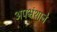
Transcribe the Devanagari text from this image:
अपभ्रंशाने